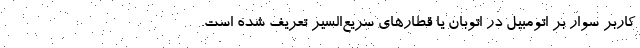
کاربر سوار بر اتومبیل در اتوبان یا قطارهای سریع‌السیر تعریف شده ‌است.